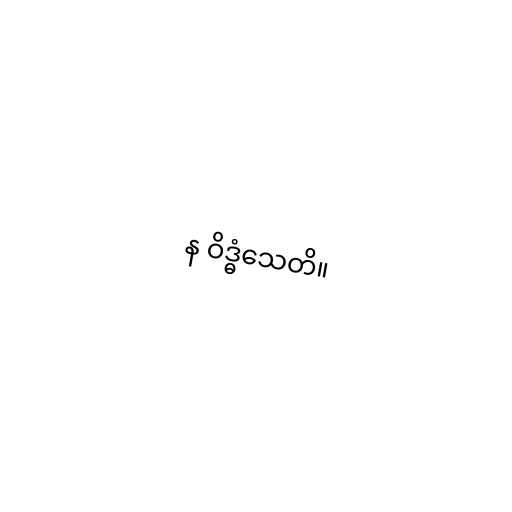
န ဝိဒ္ဓံသေတိ။